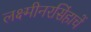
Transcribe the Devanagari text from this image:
लक्ष्मीनरसिंहाचें